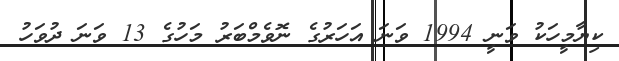
ކިޔާމީހަކު ވަނީ 1994 ވަނަ އަހަރުގެ ނޮވެމްބަރު މަހުގެ 13 ވަނަ ދުވަހު